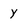
Character: y